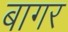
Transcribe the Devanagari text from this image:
बागर